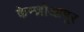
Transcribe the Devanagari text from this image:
केन्ज़ोआमूर